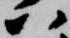
ハ